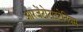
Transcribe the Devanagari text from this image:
आरजेंटोटाइटेनियम